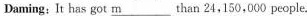
Daming:It has got \underline{m} ___than 24,150,000 people.